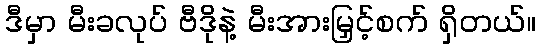
ဒီမှာ မီးခလုပ် ဗီဒိုနဲ့ မီးအားမြှင့်စက် ရှိတယ်။